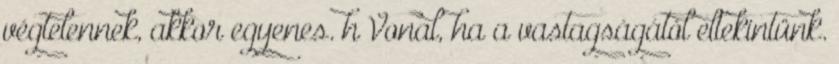
végtelennek, akkor egyenes. h Vonal, ha a vastagságától eltekintünk.